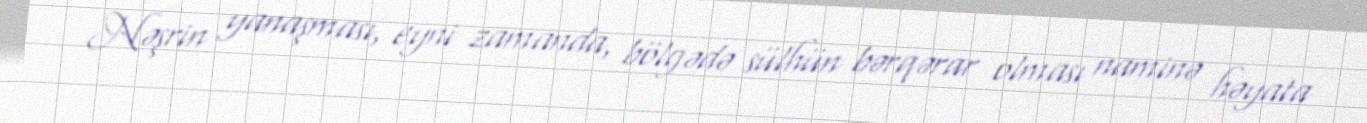
Nəşrin yanaşması, eyni zamanda, bölgədə sülhün bərqərar olması naminə həyata